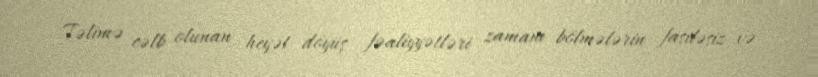
Təlimə cəlb olunan heyət döyüş fəaliyyətləri zamanı bölmələrin fasiləsiz və